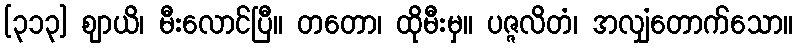
[၃၁၃] ဈာယိ၊ မီးလောင်ပြီ။ တတော၊ ထိုမီးမှ။ ပဇ္ဇလိတံ၊ အလျှံတောက်သော။